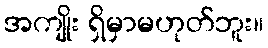
အကျိုး ရှိမှာမဟုတ်ဘူး။